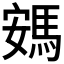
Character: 𮪂